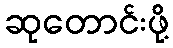
ဆုတောင်းဖို့